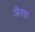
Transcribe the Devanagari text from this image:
अैसा